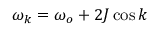
\omega _ { k } = \omega _ { o } + 2 J \cos { k }